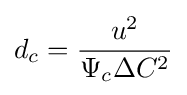
d_{c}={\frac {u^{2}}{\Psi _{c}\Delta C^{2}}}